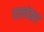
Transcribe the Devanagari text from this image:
पलवंकर